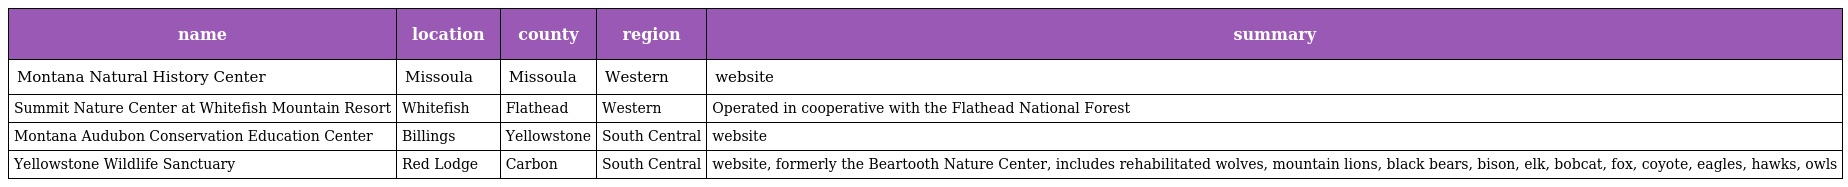
| name | location | county | region | summary |
 | --- | --- | --- | --- | --- |
 | Montana Natural History Center | Missoula | Missoula | Western | website |
 | Summit Nature Center at Whitefish Mountain Resort | Whitefish | Flathead | Western | Operated in cooperative with the Flathead National Forest |
 | Montana Audubon Conservation Education Center | Billings | Yellowstone | South Central | website |
 | Yellowstone Wildlife Sanctuary | Red Lodge | Carbon | South Central | website, formerly the Beartooth Nature Center, includes rehabilitated wolves, mountain lions, black bears, bison, elk, bobcat, fox, coyote, eagles, hawks, owls |